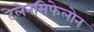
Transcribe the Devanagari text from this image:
टेलेनसिफेलोन